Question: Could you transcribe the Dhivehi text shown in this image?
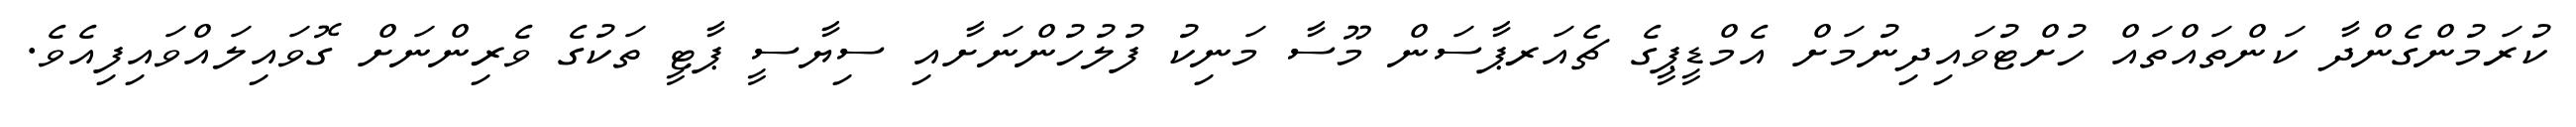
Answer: ކުރަމުންގެންދާ ކަންތައްތައް ހުށްޓުވައިދިނުމަށް އެމްޑީޕީގެ ޗެއަރޕާސަން މޫސާ މަނިކު ފުލުހުންނަށާއި ސިޔާސީ ޕާޓީ ތަކުގެ ވެރިންނަށް ގޮވައިލައްވައިފިއެވެ.